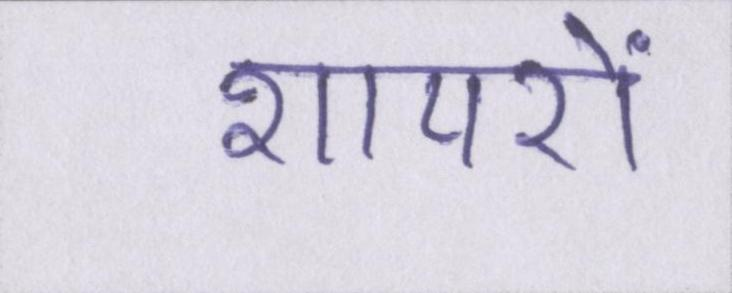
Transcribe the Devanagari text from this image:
शायरों